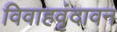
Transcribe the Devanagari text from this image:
विवाहवृंदावन